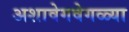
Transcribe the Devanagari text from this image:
अशावेगवेगळ्या